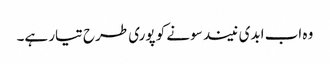
وہ اب ابدی نیند سونے کو پوری طرح تیار ہے۔